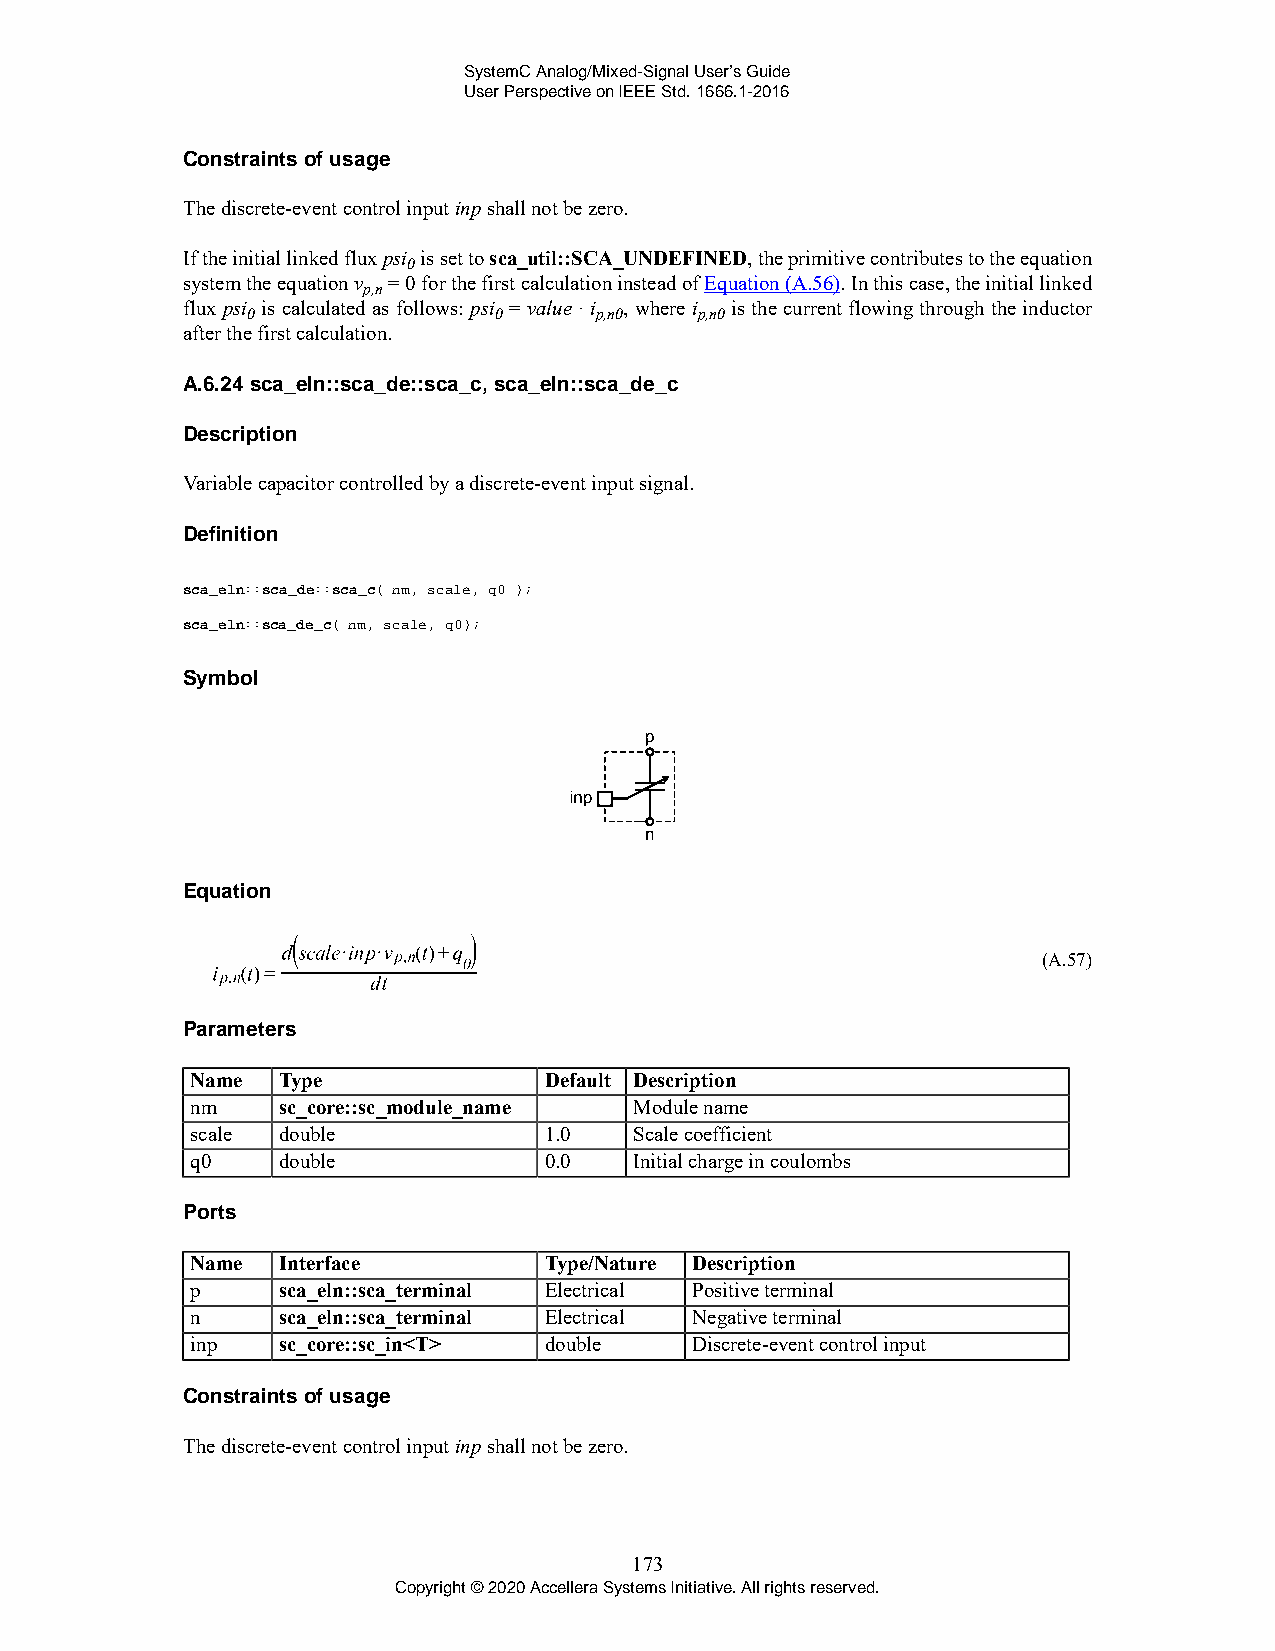
SystemC Analog/Mixed-Signal User’s Guide
 User Perspective on IEEE Std. 1666.1-2016
 Constraints of usage
 The discrete-event control input inp shall not be zero.
 If the initial linked flux psi is set to sca_util::SCA_UNDEFINED, the primitive contributes to the equation
 0
 system the equation v = 0 for the first calculation instead of Equation (A.56). In this case, the initial linked
 p,n
 flux psi is calculated as follows: psi = value · i , where i is the current flowing through the inductor
 0                0     p,n0   p,n0
 after the first calculation.
 A.6.24 sca_eln::sca_de::sca_c, sca_eln::sca_de_c
 Description
 Variable capacitor controlled by a discrete-event input signal.
 Definition
 sca_eln::sca_de::sca_c( nm, scale, q0 );
 sca_eln::sca_de_c( nm, scale, q0);
 Symbol
 Equation
 (A.57)
 Parameters
 Name Type              Default Description
 nm   sc_core::sc_module_name Module name
 scale double           1.0   Scale coefficient
 q0   double            0.0   Initial charge in coulombs
 Ports
 Name Interface         Type/Nature Description
 p    sca_eln::sca_terminal Electrical Positive terminal
 n    sca_eln::sca_terminal Electrical Negative terminal
 inp  sc_core::sc_in<T> double    Discrete-event control input
 Constraints of usage
 The discrete-event control input inp shall not be zero.
 173
 Copyright © 2020 Accellera Systems Initiative. All rights reserved.